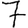
Digit: 7